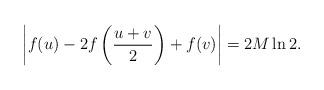
LaTeX: \begin{align*}\left|f(u)-2f\left(\frac{u+v}{2}\right)+f(v)\right| = 2M \ln 2.\end{align*}